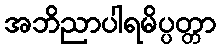
အဘိညာပါရမိပ္ပတ္တာ